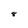
Character: 8